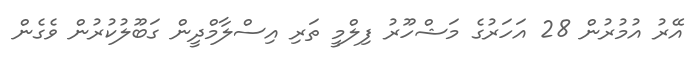
އޭރު އުމުރުން 28 އަހަރުގެ މަޝްހޫރު ފިލްމީ ތަރި އިސްލާމްދީން ގަބޫލުކުރުން ވެގެން